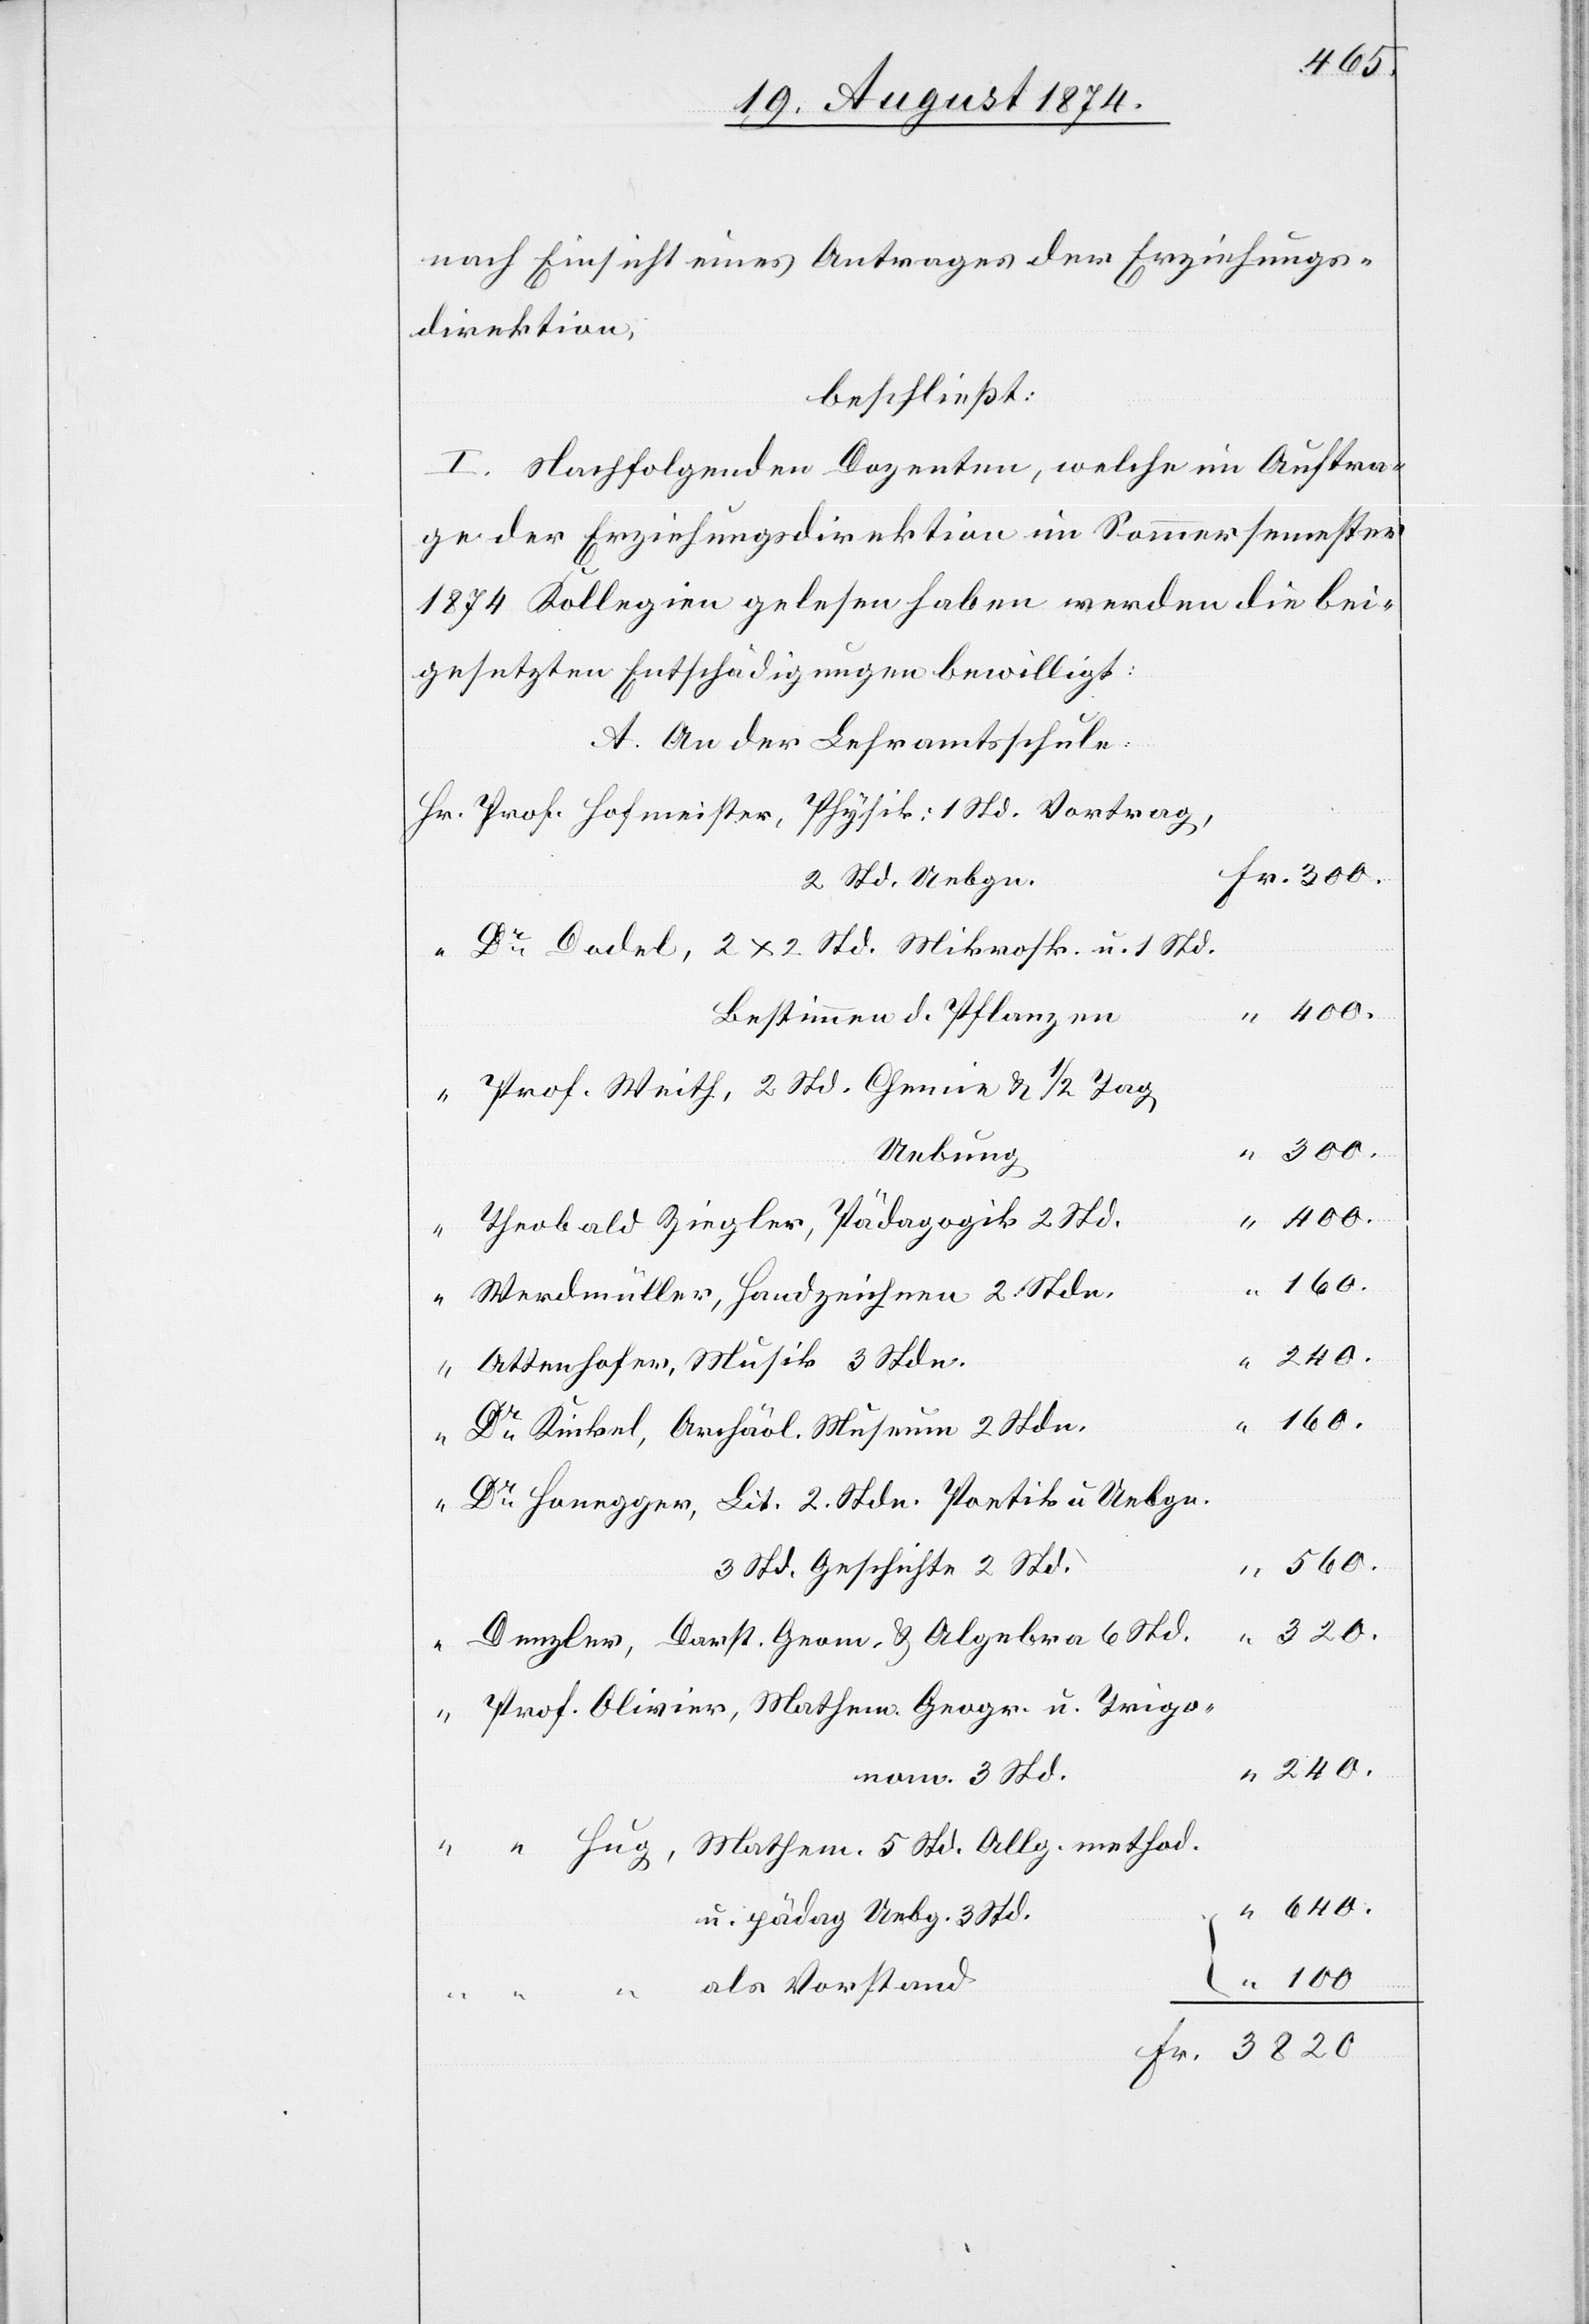
400
nach Einsicht eines Antrages eines Antrages der Erziehungs¬
direktion,
beschließt:
I. Nachfolgenden Dozenten, welche im Auftra¬
ge der Erziehungsdirektion im Sommersemester
1874 Kollegien gelesen haben werden die bei¬
gesetzten Entschädigungen bewilligt:
A. An der Lehramtsschule:
Prof. Hofmeister, Physik: 1 Std. Vortrag,
2 Std. Uebgn.
Dr Dodel, 2 x 2 Std. Mikrosk. u. 1 Std.
Bestimmen d. Pflanzen
Prof. Weith, 2 Std. Chemie u. 1/2 Tag
3820
Uebung
Theobald Ziegler, Pädagogik 2 Std.
Werdmüller, Handzeichnen 2 Std.
{
240
Ottenhofer, Musik 3 Std.
Dr Kinkel, Archäol. Museum 2 Stdn.
Dr Honegger, Lit. 2 Stdn. Poetik u. Uebgn.
3 Std.[,] Geschichte 2 Std.
Fr.
Denzler, Darstl. Geom. u. Algebra 6 Std.
Hug, Mathem. 5 Std. Allg. method.
u. pädag. Uebg. 3 Std.